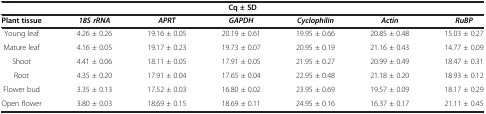
| <COLSPAN=7> Cq ± SD |
 | Plant tissue | 18S rRNA | APRT | GAPDH | Cyclophilin | Actin | RuBP |
 | --- | --- | --- | --- | --- | --- | --- |
 | Young leaf | 4.26 ± 0.26 | 19.16 ± 0.05 | 20.19 ± 0.61 | 19.95 ± 0.66 | 20.85 ± 0.48 | 15.03 ± 0.27 |
 | Mature leaf | 4.16 ± 0.05 | 19.17 ± 0.23 | 19.73 ± 0.07 | 20.95 ± 0.19 | 21.16 ± 0.43 | 14.77 ± 0.09 |
 | Shoot | 4.41 ± 0.06 | 18.11 ± 0.05 | 17.91 ± 0.05 | 21.95 ± 0.27 | 20.99 ± 0.49 | 18.47 ± 0.31 |
 | Root | 4.35 ± 0.20 | 17.91 ± 0.04 | 17.65 ± 0.04 | 22.95 ± 0.48 | 21.18 ± 0.20 | 18.93 ± 0.12 |
 | Flower bud | 3.35 ± 0.13 | 17.52 ± 0.03 | 16.80 ± 0.02 | 23.95 ± 0.69 | 19.57 ± 0.09 | 18.17 ± 0.29 |
 | Open flower | 3.80 ± 0.03 | 18.69 ± 0.15 | 18.69 ± 0.11 | 24.95 ± 0.16 | 16.37 ± 0.17 | 21.11 ± 0.45 |